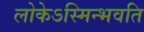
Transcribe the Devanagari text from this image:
लोकेऽस्मिन्भवति